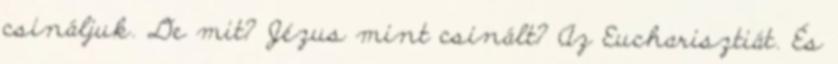
csináljuk. De mit? Jézus mint csinált? Az Eucharisztiát. És